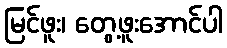
မြင်ဖူး၊ တွေ့ဖူးအောင်ပါ